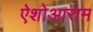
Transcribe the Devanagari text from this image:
ऐशोआराम